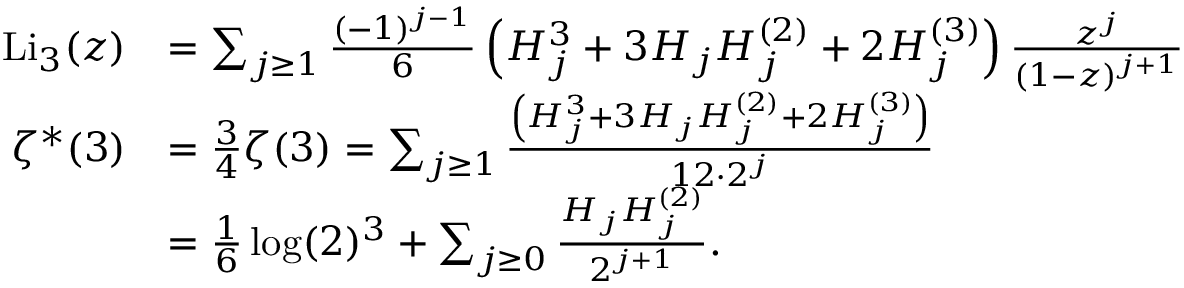
{ \begin{array} { r l } { { \mathrm { L i } } _ { 3 } ( z ) } & { = \sum _ { j \geq 1 } { \frac { ( - 1 ) ^ { j - 1 } } { 6 } } \left( H _ { j } ^ { 3 } + 3 H _ { j } H _ { j } ^ { ( 2 ) } + 2 H _ { j } ^ { ( 3 ) } \right) { \frac { z ^ { j } } { ( 1 - z ) ^ { j + 1 } } } } \\ { \zeta ^ { \ast } ( 3 ) } & { = { \frac { 3 } { 4 } } \zeta ( 3 ) = \sum _ { j \geq 1 } { \frac { \left( H _ { j } ^ { 3 } + 3 H _ { j } H _ { j } ^ { ( 2 ) } + 2 H _ { j } ^ { ( 3 ) } \right) } { 1 2 \cdot 2 ^ { j } } } } \\ & { = { \frac { 1 } { 6 } } \log ( 2 ) ^ { 3 } + \sum _ { j \geq 0 } { \frac { H _ { j } H _ { j } ^ { ( 2 ) } } { 2 ^ { j + 1 } } } . } \end{array} }